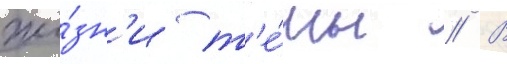
жи́зн'и т'е́мы // В